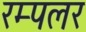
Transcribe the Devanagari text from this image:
रम्पलर